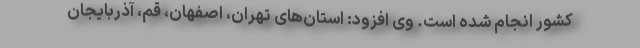
کشور انجام شده است. وی افزود: استان‌های تهران، اصفهان، قم، آذربایجان